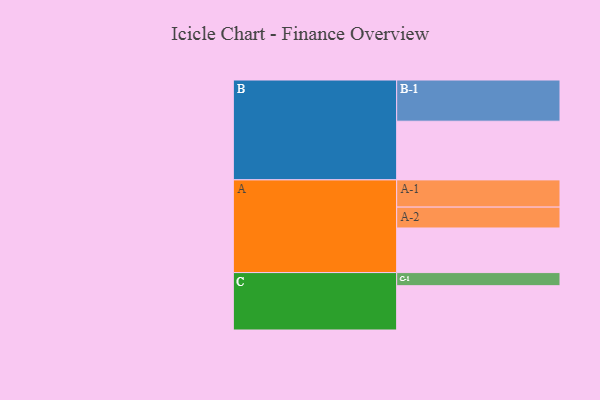
{"axis": {"x": "Segment", "y": "Value"}, "legend": ["", "A", "B", "C"], "data": [{"x": "A", "y": 316, "type": ""}, {"x": "B", "y": 416, "type": ""}, {"x": "C", "y": 314, "type": ""}, {"x": "A-1", "y": 193, "type": "A"}, {"x": "A-2", "y": 148, "type": "A"}, {"x": "B-1", "y": 292, "type": "B"}, {"x": "C-1", "y": 93, "type": "C"}]}